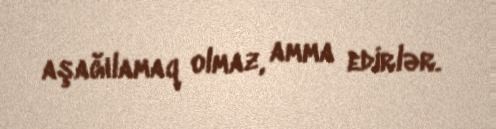
aşağılamaq olmaz, amma edirlər.